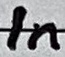
Text: In